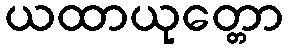
ယထာယုတ္တော